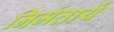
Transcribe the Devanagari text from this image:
निर्मतायें